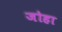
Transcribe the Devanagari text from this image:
जोहा